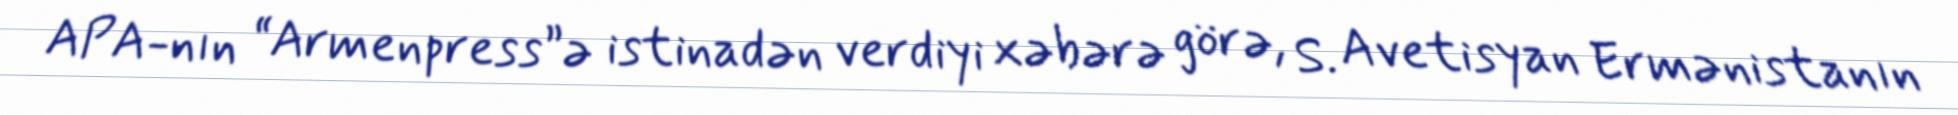
APA-nın “Armenpress”ə istinadən verdiyi xəbərə görə, S. Avetisyan Ermənistanın